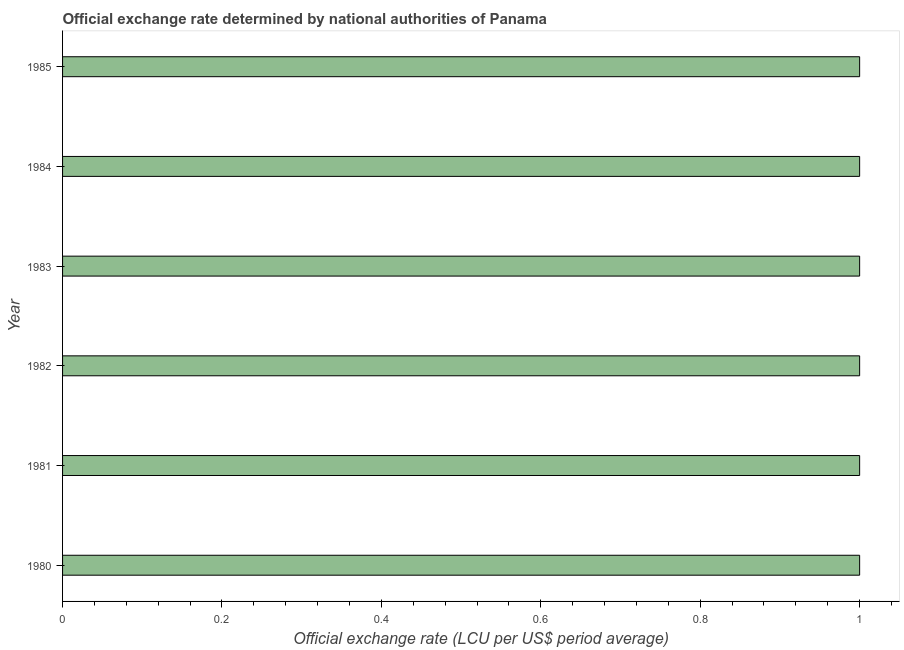
| Year | Official exchange rate |
 | --- | --- |
 | 1980 | 1 |
 | 1981 | 1 |
 | 1982 | 1 |
 | 1983 | 1 |
 | 1984 | 1 |
 | 1985 | 1 |